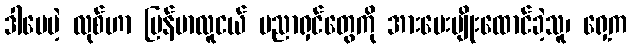
ဒါပေမဲ့ လုစ်ဟာ မြန်မာလူငယ် ပညာရှင်တွေကို အားပေးပျိုးထောင်ခဲ့သူ၊ ရှေ့က